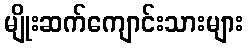
မျိုးဆက်ကျောင်းသားများ